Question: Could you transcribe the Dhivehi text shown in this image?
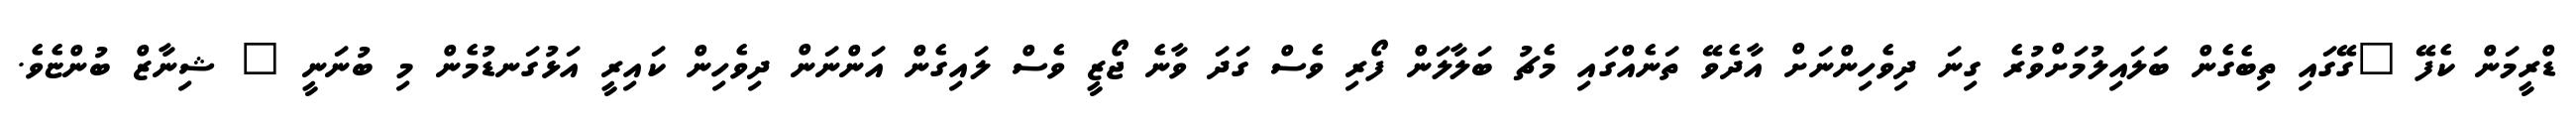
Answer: ޑްރީމަން ކެފޭ "ގޭގައި ތިބެގެން ބަލައިލުމަށްވުރެ ގިނަ ދިވެހިންނަށް އާދެވޭ ތަނެއްގައި މެޗު ބަލާލަން ފޯރި ވެސް ގަދަ ވާނެ ޖޯޒީ ވެސް ލައިގެން އަންނަން ދިވެހިން ކައިރީ އަޅުގަނޑުމެން މި ބުނަނީ " ޝިނާޒް ބުންޏެވެ.